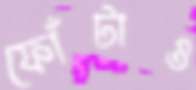
ফোঁটাও